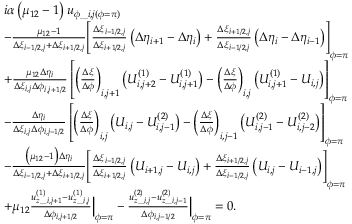
\begin{array} { r l } & { \begin{array} { r l } & { i \alpha \left( \mu _ { 1 2 } - 1 \right) u _ { \phi \_ i , j ( \phi = \pi ) } } \\ & { - \frac { \mu _ { 1 2 } - 1 } { \Delta \xi _ { i - 1 / 2 , j } + \Delta \xi _ { i + 1 / 2 , j } } \Biggl [ \frac { \Delta \xi _ { i - 1 / 2 , j } } { \Delta \xi _ { i + 1 / 2 , j } } \left( \Delta \eta _ { i + 1 } - \Delta \eta _ { i } \right) + \frac { \Delta \xi _ { i + 1 / 2 , j } } { \Delta \xi _ { i - 1 / 2 , j } } \left( \Delta \eta _ { i } - \Delta \eta _ { i - 1 } \right) \Biggr ] _ { \phi = \pi } } \\ & { + \frac { \mu _ { 1 2 } \Delta \eta _ { i } } { \Delta \xi _ { i , j } \Delta \phi _ { i , j + 1 / 2 } } \left[ \biggl ( \frac { \Delta \xi } { \Delta \phi } \biggr ) _ { i , j + 1 } \left( U _ { i , j + 2 } ^ { ( 1 ) } - U _ { i , j + 1 } ^ { ( 1 ) } \right) - \biggl ( \frac { \Delta \xi } { \Delta \phi } \biggr ) _ { i , j } \left( U _ { i , j + 1 } ^ { ( 1 ) } - U _ { i , j } \right) \right] _ { \phi = \pi } } \\ & { - \frac { \Delta \eta _ { i } } { \Delta \xi _ { i , j } \Delta \phi _ { i , j - 1 / 2 } } \left[ \biggl ( \frac { \Delta \xi } { \Delta \phi } \biggr ) _ { i , j } \left( U _ { i , j } - U _ { i , j - 1 } ^ { ( 2 ) } \right) - \biggl ( \frac { \Delta \xi } { \Delta \phi } \biggr ) _ { i , j - 1 } \left( U _ { i , j - 1 } ^ { ( 2 ) } - U _ { i , j - 2 } ^ { ( 2 ) } \right) \right] _ { \phi = \pi } } \\ & { - \frac { \big ( \mu _ { 1 2 } - 1 \big ) \Delta \eta _ { i } } { \Delta \xi _ { i - 1 / 2 , j } + \Delta \xi _ { i + 1 / 2 , j } } \Biggl [ \frac { \Delta \xi _ { i - 1 / 2 , j } } { \Delta \xi _ { i + 1 / 2 , j } } \left( U _ { i + 1 , j } - U _ { i , j } \right) + \frac { \Delta \xi _ { i + 1 / 2 , j } } { \Delta \xi _ { i - 1 / 2 , j } } \left( U _ { i , j } - U _ { i - 1 , j } \right) \Biggr ] _ { \phi = \pi } } \\ & { + \mu _ { 1 2 } \frac { u _ { z \_ i , j + 1 } ^ { ( 1 ) } - u _ { z \_ i , j } ^ { ( 1 ) } } { \Delta \phi _ { i , j + 1 / 2 } } \Bigr | _ { \phi = \pi } - \frac { u _ { z \_ i , j } ^ { ( 2 ) } - u _ { z \_ i , j - 1 } ^ { ( 2 ) } } { \Delta \phi _ { i , j - 1 / 2 } } \Bigr | _ { \phi = \pi } = 0 . } \end{array} } \end{array}